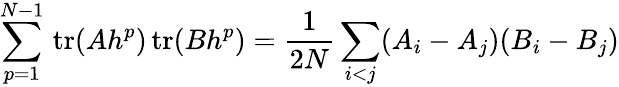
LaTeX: \sum_{p=1}^{N-1}\mathrm{\, tr}(Ah^{p})\mathrm{\, tr}(Bh^{p})=\frac{1}{2N}\sum_{i<j}(A_{i}-A_{j})(B_{i}-B_{j})